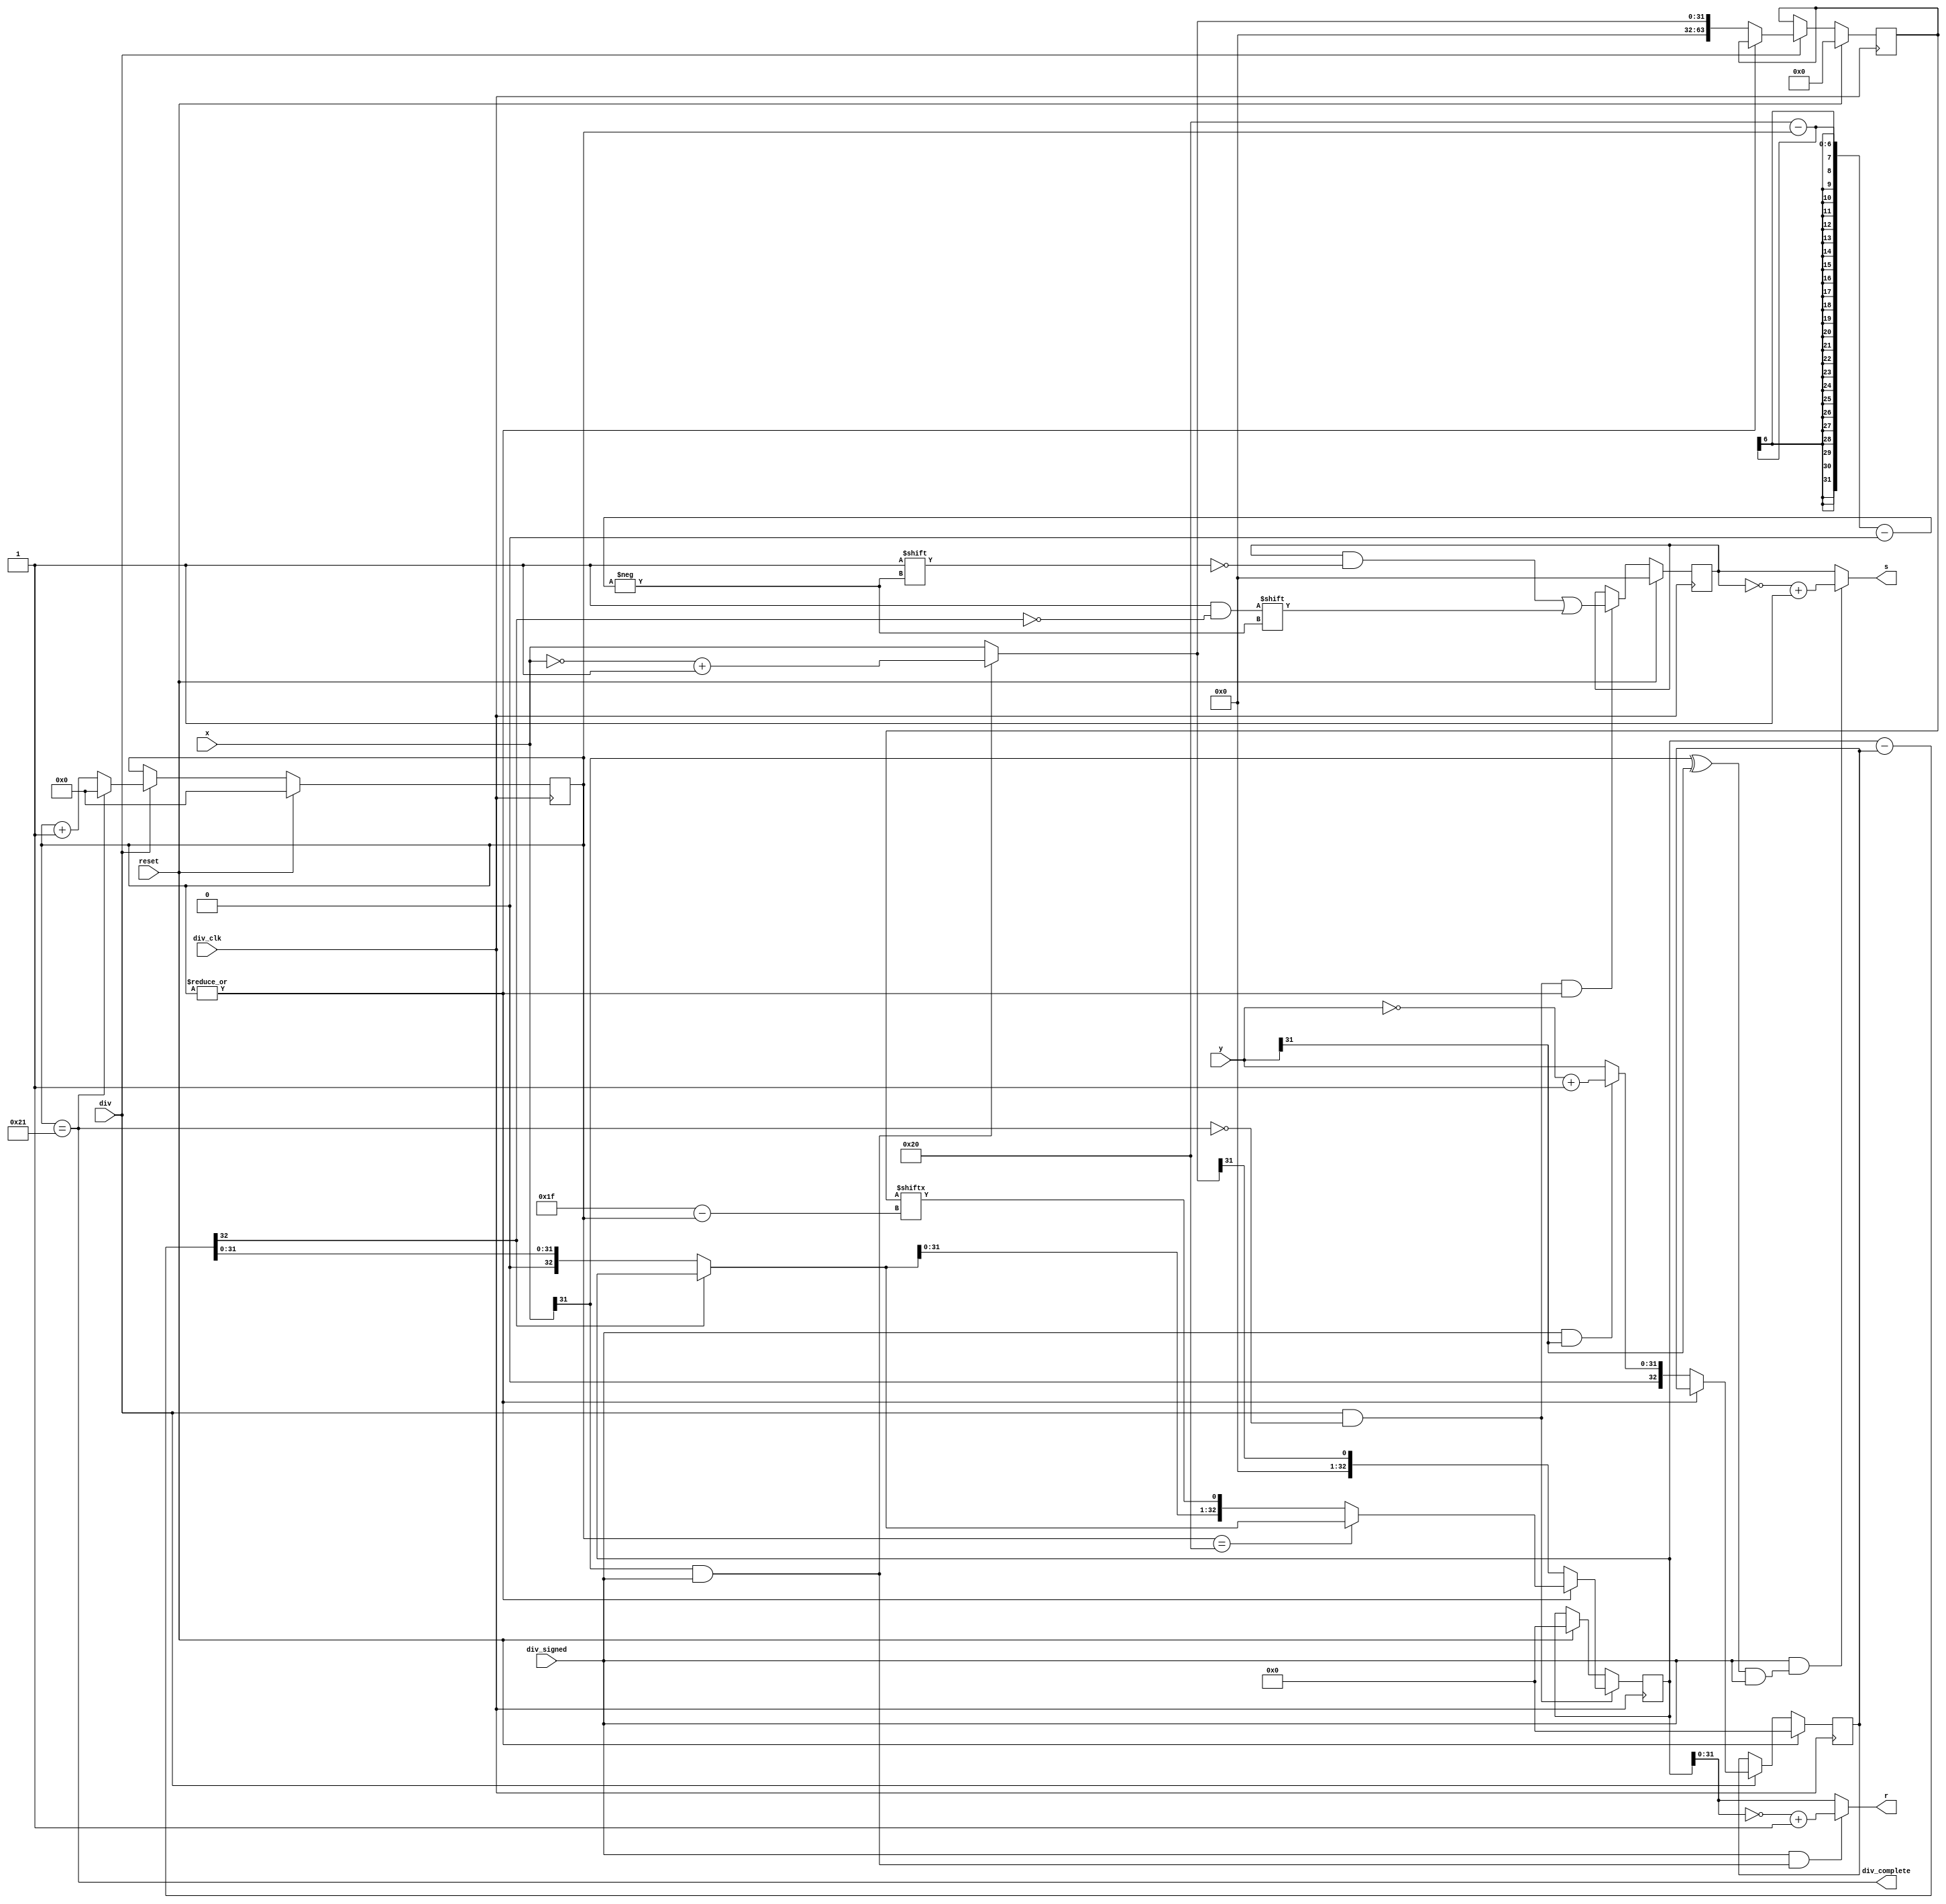
`timescale 1ns / 1ps
//////////////////////////////////////////////////////////////////////////////////
// Company: 
// Engineer: 
// 
// Design Name: 
// Module Name: Div
// Project Name: 
// Target Devices: 
// Tool Versions: 
// Description: 
// 
// Dependencies: 
// 
// Revision:
// Revision 0.01 - File Created
// Additional Comments:
// 
//////////////////////////////////////////////////////////////////////////////////

module Div(
    input  wire    div_clk,
    input  wire    reset,
    input  wire    div,
    input  wire    div_signed,
    input  wire [31:0] x,
    input  wire [31:0] y,
    output wire [31:0] s,
    output wire [31:0] r,
    output wire    div_complete 
    );
    wire        sign_s;
    wire        sign_r;
    wire [31:0] abs_x;
    wire [31:0] abs_y;
    wire [32:0] pre_r;
    wire [32:0] recover_r;
    reg  [63:0] x_pad;
    reg  [32:0] y_pad;
    reg  [31:0] s_r;
    reg  [32:0] r_r;
    reg  [ 5:0] cnt;
    assign sign_s = (x[31]^y[31]) & div_signed;
    assign sign_r = x[31] & div_signed;
    assign abs_x  = (div_signed & x[31]) ? (~x+1'b1): x;
    assign abs_y  = (div_signed & y[31]) ? (~y+1'b1): y;
    assign div_complete = cnt == 6'd33;
    always @(posedge div_clk) begin
        if(reset) begin
            cnt <= 6'b0;
        end else if(div) begin
            if(div_complete)
                cnt <= 6'b0;
            else
                cnt <= cnt + 1'b1;
        end
    end
    always @(posedge div_clk) begin
        if(reset) begin
            x_pad <= 64'd0;
            y_pad <= 33'd0;
        end else if(div) begin
            if(~|cnt) begin
                x_pad <= {32'd0,abs_x};
                y_pad <= {1'd0,abs_y};
            end
        end
    end
    assign pre_r = r_r - y_pad;
    assign recover_r = pre_r[32] ? r_r : pre_r;
    always @(posedge div_clk) begin
        if(reset) 
            s_r <= 32'b0;
        else if(div & ~div_complete & | cnt) begin
            s_r[32-cnt] <= ~pre_r[32];
        end
    end
    always @(posedge div_clk) begin
        if(reset)
            r_r <= 33'b0;
        if(div & ~div_complete) begin
            if(~|cnt)
                r_r <= {32'b0, abs_x[31]};
            else
                r_r <=  (cnt == 32) ? recover_r : {recover_r, x_pad[31 - cnt]};
        end
    end
    assign s = div_signed & sign_s ? (~s_r+1'b1) : s_r;
    assign r = div_signed & sign_r ? (~r_r+1'b1) : r_r;
endmodule